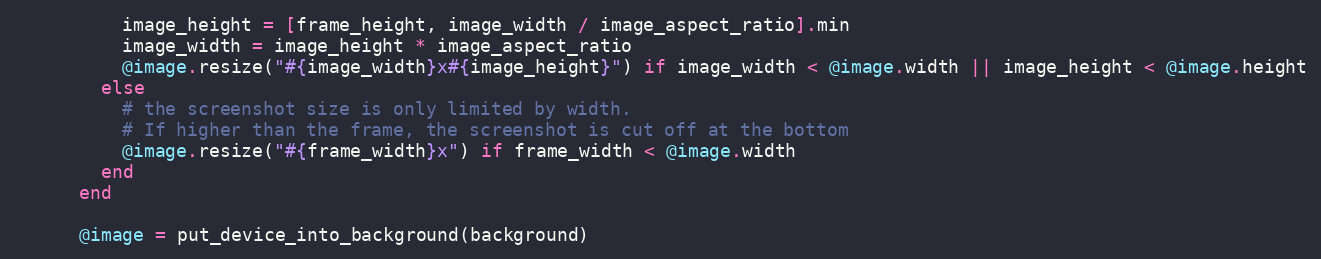
Language: Ruby
          image_height = [frame_height, image_width / image_aspect_ratio].min
          image_width = image_height * image_aspect_ratio
          @image.resize("#{image_width}x#{image_height}") if image_width < @image.width || image_height < @image.height
        else
          # the screenshot size is only limited by width.
          # If higher than the frame, the screenshot is cut off at the bottom
          @image.resize("#{frame_width}x") if frame_width < @image.width
        end
      end

      @image = put_device_into_background(background)